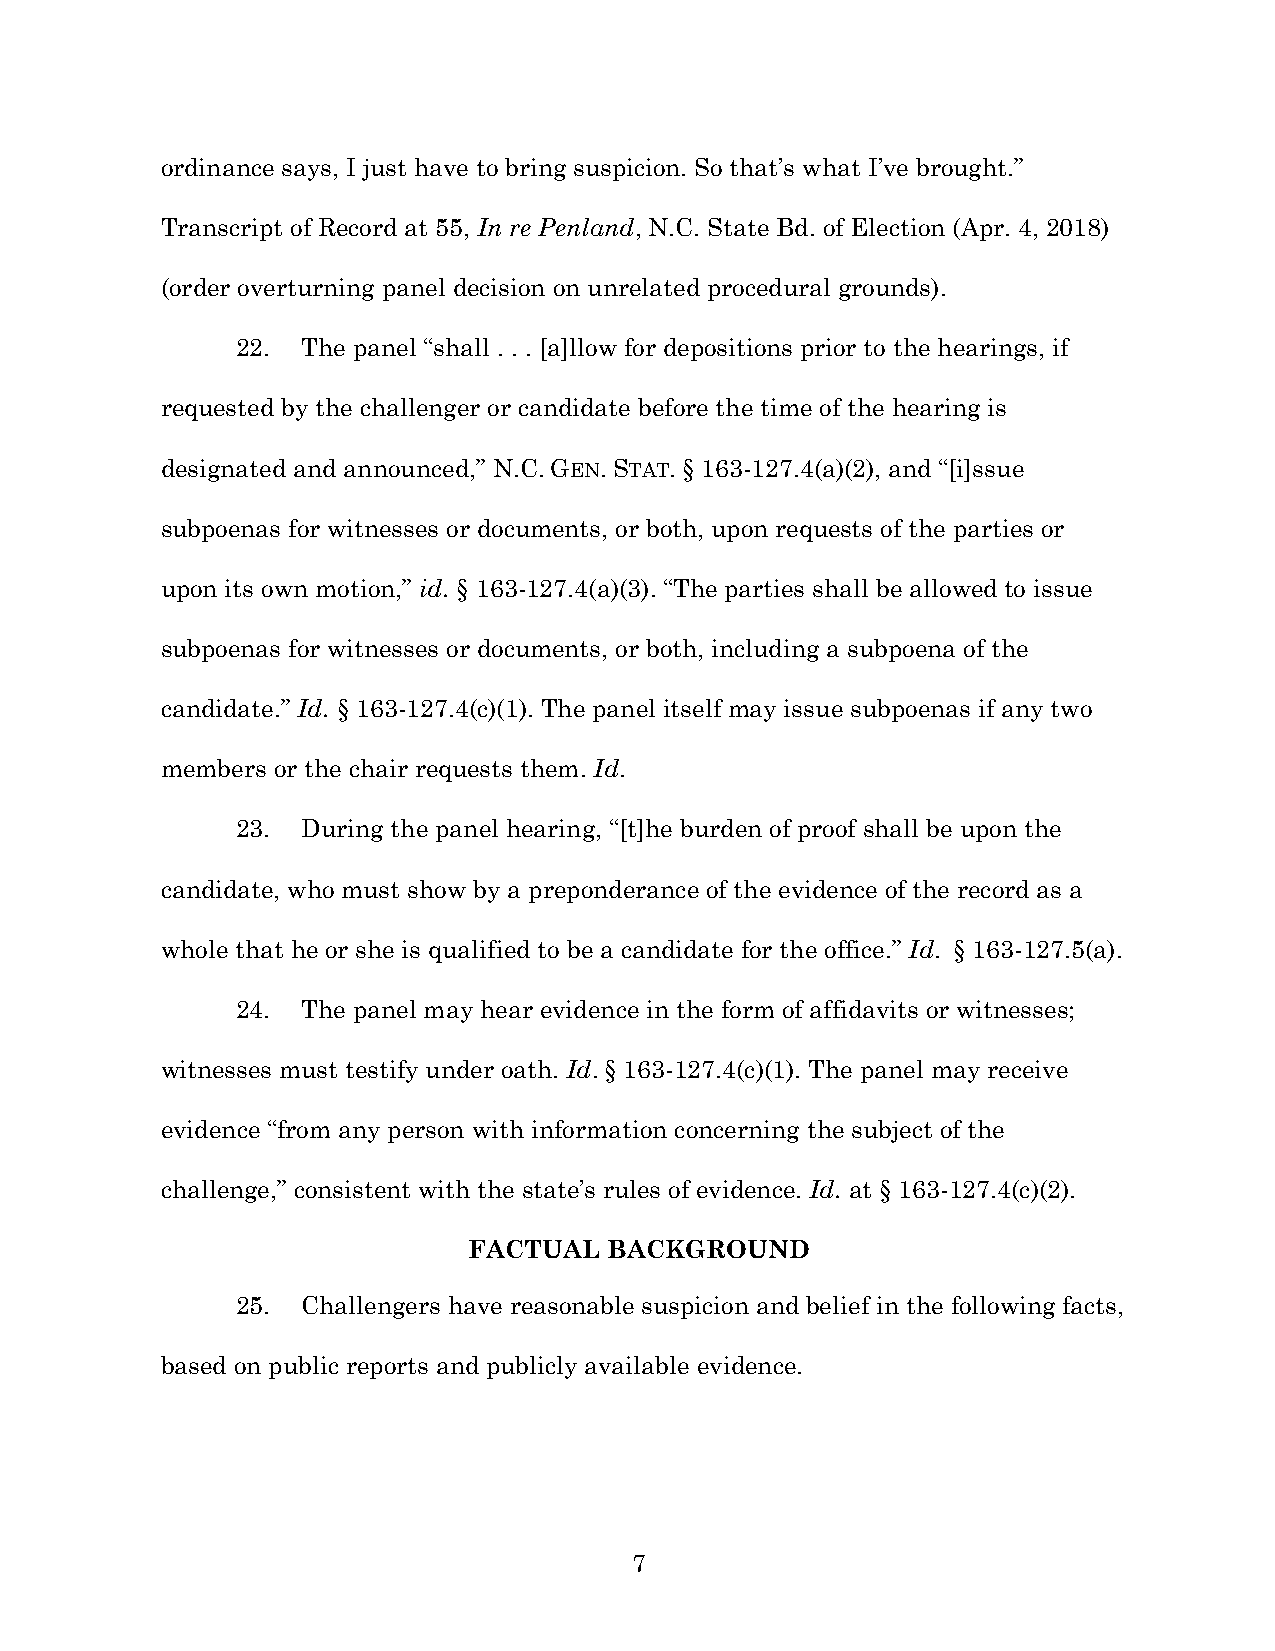
ordinance says, I just have to bring suspicion. So that’s what I’ve brought.”
 Transcript of Record at 55, In re Penland, N.C. State Bd. of Election (Apr. 4, 2018)
 (order overturning panel decision on unrelated procedural grounds).
 22. The panel “shall . . . [a]llow for depositions prior to the hearings, if
 requested by the challenger or candidate before the time of the hearing is
 designated and announced,” N.C. GEN. STAT. § 163-127.4(a)(2), and “[i]ssue
 subpoenas for witnesses or documents, or both, upon requests of the parties or
 upon its own motion,” id. § 163-127.4(a)(3). “The parties shall be allowed to issue
 subpoenas for witnesses or documents, or both, including a subpoena of the
 candidate.” Id. § 163-127.4(c)(1). The panel itself may issue subpoenas if any two
 members or the chair requests them. Id.
 23. During the panel hearing, “[t]he burden of proof shall be upon the
 candidate, who must show by a preponderance of the evidence of the record as a
 whole that he or she is qualified to be a candidate for the office.” Id. § 163-127.5(a).
 24. The panel may hear evidence in the form of affidavits or witnesses;
 witnesses must testify under oath. Id. § 163-127.4(c)(1). The panel may receive
 evidence “from any person with information concerning the subject of the
 challenge,” consistent with the state’s rules of evidence. Id. at § 163-127.4(c)(2).
 FACTUAL  BACKGROUND
 25. Challengers have reasonable suspicion and belief in the following facts,
 based on public reports and publicly available evidence.
 7